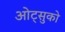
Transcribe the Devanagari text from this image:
ओट्सुको